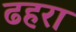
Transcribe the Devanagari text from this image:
ढहरा